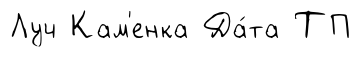
Луч Кам'енка Да́та ТП